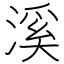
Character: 溪